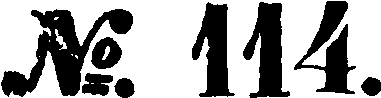
№ 114.